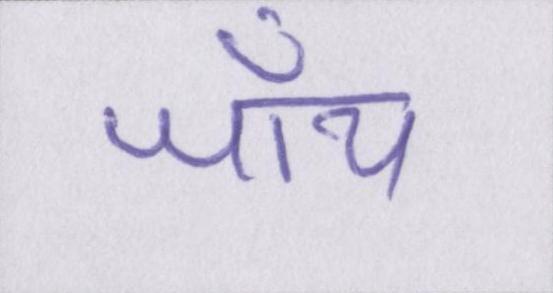
जॉय